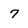
Character: 7